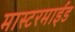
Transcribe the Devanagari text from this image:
मास्टरमाईंड